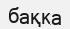
бақка